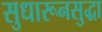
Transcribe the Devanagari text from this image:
सुधारूनसुद्धा